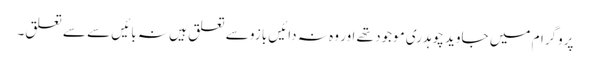
پروگرام میں جاوید چوہدری موجود تھے اور وہ نہ دائیں بازو سے تعلق ہیں نہ بائیں سے سے تعلق۔